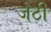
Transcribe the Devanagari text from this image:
जेठी